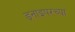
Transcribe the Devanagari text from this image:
ड्नाइपरच्या